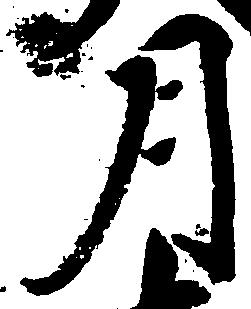
月